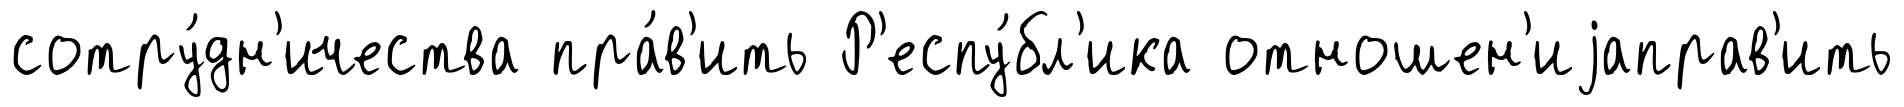
сотру́дн'ичества пра́в'ить Р'еспу́бл'ика отношен'иjаправ'ить